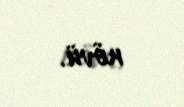
növü.